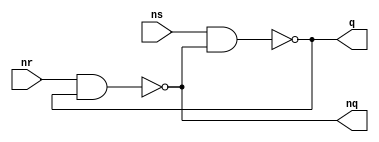
module bistRS(q,nq,ns,nr);
output q,nq;
input ns,nr;
nand n1(q,ns,nq);
nand n2(nq,nr,q);
endmodule
module top;
wire Q,nQ;
reg nS,nR;
bistRS bist(Q,nQ,nS,nR);
initial
begin
nS=0;nR=0;
#5 nR=1;
#5 nR=0;
#5 nS=1;
end
endmodule